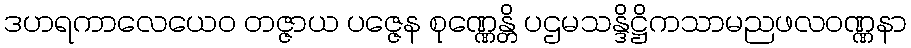
ဒဟရကာလေယေဝ တဇ္ဇာယ ပဇ္ဇေန စုဏ္ဏေန္တိ ပဌမသန္ဒိဋ္ဌိကသာမညဖလဝဏ္ဏနာ